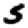
Digit: 5